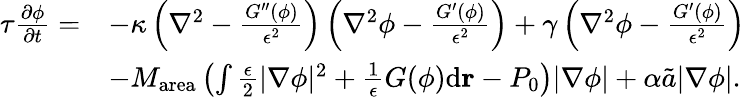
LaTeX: \begin{array}{rl}{\tau\frac{\partial\phi}{\partial t}=}&{-\kappa\left(\nabla^{2}-\frac{G^{\prime\prime}(\phi)}{\epsilon^{2}}\right)\left(\nabla^{2}\phi-\frac{G^{\prime}(\phi)}{\epsilon^{2}}\right)+\gamma\left(\nabla^{2}\phi-\frac{G^{\prime}(\phi)}{\epsilon^{2}}\right)}\\ &{-M_{\mathrm{area}}\left(\int\frac{\epsilon}{2}|\nabla\phi|^{2}+\frac{1}{\epsilon}G(\phi)\mathrm{d}\textbf{r}-P_{0}\right)|\nabla\phi|+\alpha\tilde{a}|\nabla\phi|.}\end{array}